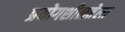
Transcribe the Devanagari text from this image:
प्रयोगशीलतेला